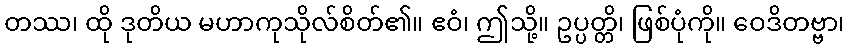
တဿ၊ ထို ဒုတိယ မဟာကုသိုလ်စိတ်၏။ ဧဝံ၊ ဤသို့။ ဥပ္ပတ္တိ၊ ဖြစ်ပုံကို။ ဝေဒိတဗ္ဗာ၊